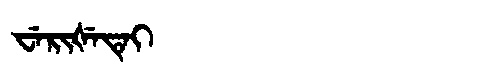
Manchu: ᠸᡝᡵᡳᡧᡝᡨᡝᡳ
Romanization: WERIŠETEI